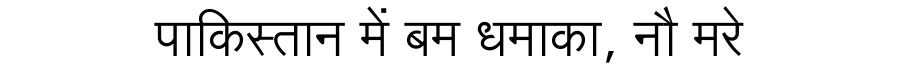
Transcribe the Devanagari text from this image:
पाकिस्तान में बम धमाका, नौ मरे